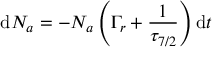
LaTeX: \mathrm { d } N _ { a } = - N _ { a } \left( \Gamma _ { r } + { \frac { 1 } { \tau _ { 7 / 2 } } } \right) \mathrm { d } t